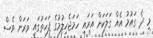
މި ދެ ގައުމު އެއް ގަލަކަށް އަރައި ހަމަޖެހިލުމުގެ ފަހަތުގައި ވަރަށް ވެސް